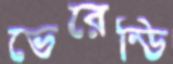
ভেরেন্ডি